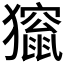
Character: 𤢱